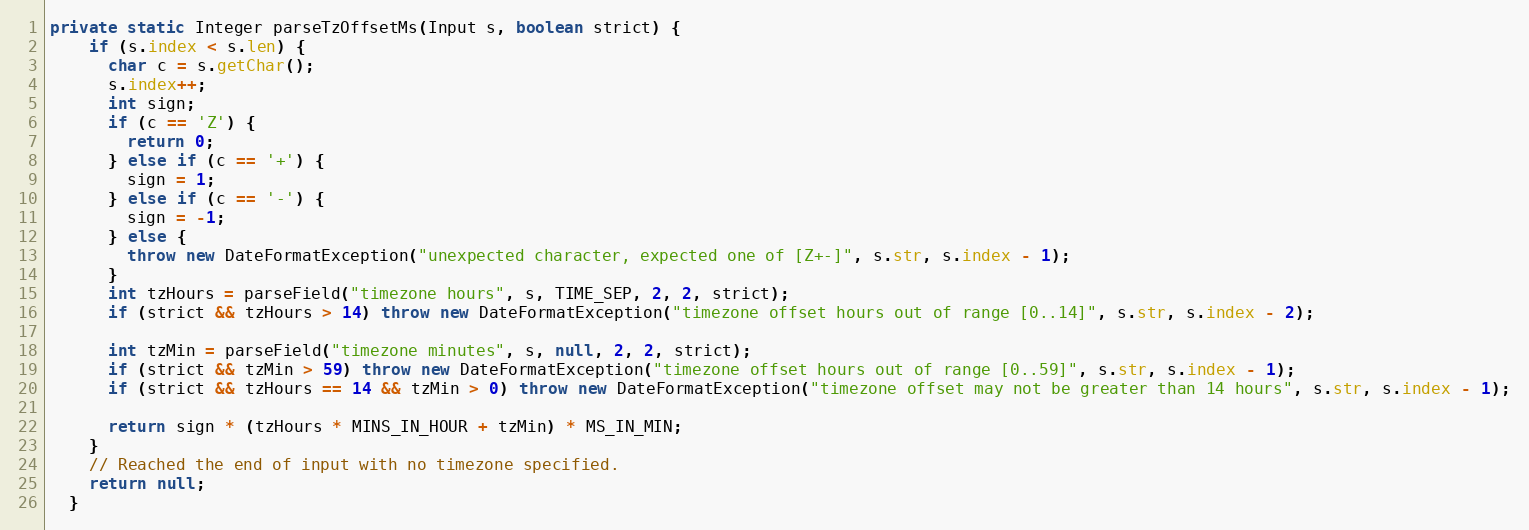
Language: Java
private static Integer parseTzOffsetMs(Input s, boolean strict) {
    if (s.index < s.len) {
      char c = s.getChar();
      s.index++;
      int sign;
      if (c == 'Z') {
        return 0;
      } else if (c == '+') {
        sign = 1;
      } else if (c == '-') {
        sign = -1;
      } else {
        throw new DateFormatException("unexpected character, expected one of [Z+-]", s.str, s.index - 1);
      }
      int tzHours = parseField("timezone hours", s, TIME_SEP, 2, 2, strict);
      if (strict && tzHours > 14) throw new DateFormatException("timezone offset hours out of range [0..14]", s.str, s.index - 2);

      int tzMin = parseField("timezone minutes", s, null, 2, 2, strict);
      if (strict && tzMin > 59) throw new DateFormatException("timezone offset hours out of range [0..59]", s.str, s.index - 1);
      if (strict && tzHours == 14 && tzMin > 0) throw new DateFormatException("timezone offset may not be greater than 14 hours", s.str, s.index - 1);

      return sign * (tzHours * MINS_IN_HOUR + tzMin) * MS_IN_MIN;
    }
    // Reached the end of input with no timezone specified.
    return null;
  }